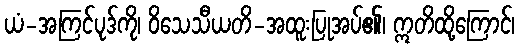
ယံ-အကြင်ပုဒ်ကို၊ ဝိသေသီယတိ-အထူးပြုအပ်၏၊ ဣတိထို့ကြောင်၊